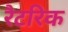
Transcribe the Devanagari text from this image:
रैटरिक